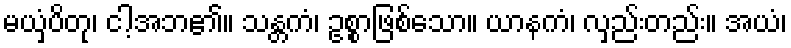
မယှံပိတု၊ ငါ့အဘ၏။ သန္တကံ၊ ဥစ္စာဖြစ်သော။ ယာနကံ၊ လှည်းတည်း။ အယံ၊